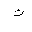
Letter: _kaf